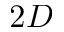
2 D